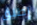
إطلق